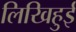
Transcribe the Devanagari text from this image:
लिखिहुई